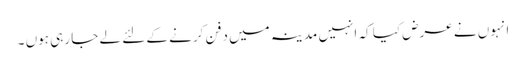
انہوں نے عرض کیا کہ انہیں مدینہ میں دفن کرنے کے لئے لے جا رہی ہوں ۔